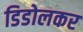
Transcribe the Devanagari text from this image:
डिडोलकर